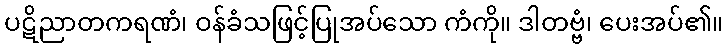
ပဋိညာတကရဏံ၊ ဝန်ခံသဖြင့်ပြုအပ်သော ကံကို။ ဒါတဗ္ဗံ၊ ပေးအပ်၏။